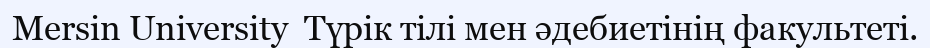
Mersin University  Түрік тілі мен әдебиетінің факультеті.